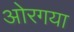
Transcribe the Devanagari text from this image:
ओरगया